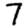
Digit: 7